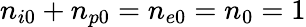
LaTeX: n_{i0}+n_{p0}=n_{e0}=n_{0}=1